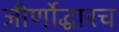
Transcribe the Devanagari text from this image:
जीर्णोद्धारच